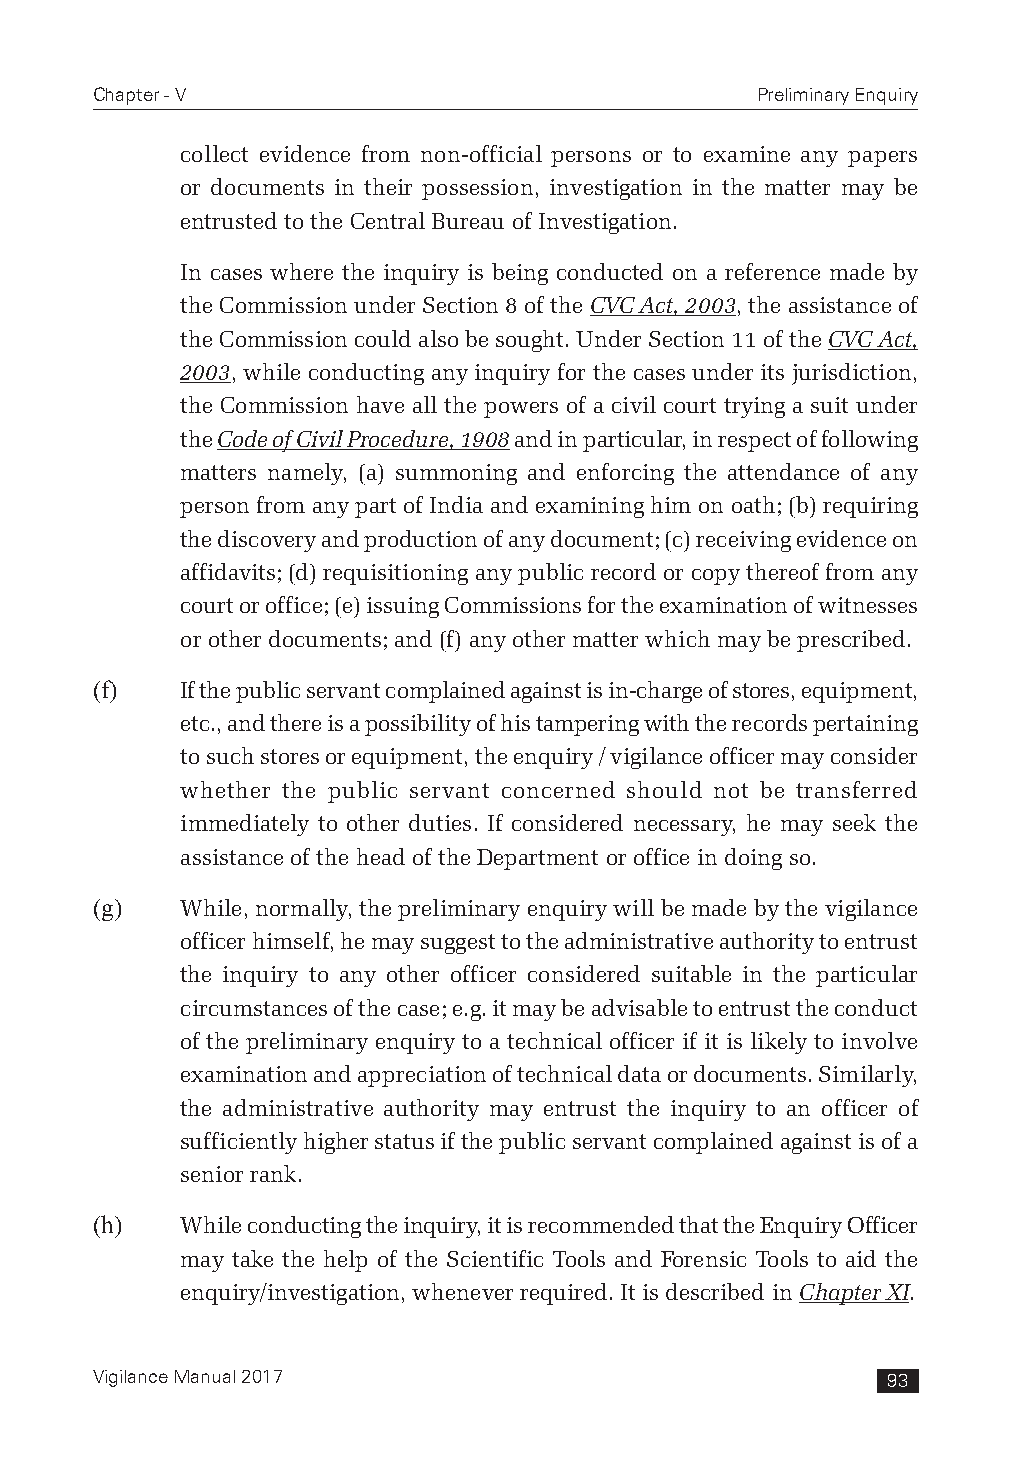
Chapter - V                                 Preliminary Enquiry
 collect evidence from non-official persons or to examine any papers
 or documents in their possession, investigation in the matter may be
 entrusted to the Central Bureau of Investigation.
 In cases where the inquiry is being conducted on a reference made by
 the Commission under Section 8 of the CVC Act, 2003, the assistance of
 the Commission could also be sought. Under Section 11 of the CVC Act,
 2003, while conducting any inquiry for the cases under its jurisdiction,
 the Commission have all the powers of a civil court trying a suit under
 the Code of Civil Procedure, 1908 and in particular, in respect of following
 matters namely, (a) summoning and enforcing the attendance of any
 person from any part of India and examining him on oath; (b) requiring
 the discovery and production of any document; (c) receiving evidence on
 affidavits; (d) requisitioning any public record or copy thereof from any
 court or office; (e) issuing Commissions for the examination of witnesses
 or other documents; and (f) any other matter which may be prescribed.
 (f)   If the public servant complained against is in-charge of stores, equipment,
 etc., and there is a possibility of his tampering with the records pertaining
 to such stores or equipment, the enquiry / vigilance officer may consider
 whether the public servant concerned should not be transferred
 immediately to other duties. If considered necessary, he may seek the
 assistance of the head of the Department or office in doing so.
 (g)   While, normally, the preliminary enquiry will be made by the vigilance
 officer himself, he may suggest to the administrative authority to entrust
 the inquiry to any other officer considered suitable in the particular
 circumstances of the case; e.g. it may be advisable to entrust the conduct
 of the preliminary enquiry to a technical officer if it is likely to involve
 examination and appreciation of technical data or documents. Similarly,
 the administrative authority may entrust the inquiry to an officer of
 sufficiently higher status if the public servant complained against is of a
 senior rank.
 (h)   While conducting the inquiry, it is recommended that the Enquiry Officer
 may take the help of the Scientific Tools and Forensic Tools to aid the
 enquiry/investigation, whenever required. It is described in Chapter XI.
 Vigilance Manual 2017                                93